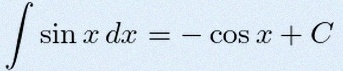
\int \sin x\,dx=-\cos x+C